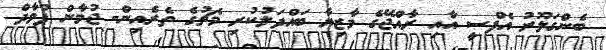
ބެންގަލޫރު އެފްސީ އާއި ރާއްޖޭގެ މާޒިޔާ ބައްދަލުކުރި މެޗުގެ ތެރެއިން- ޖުމާން ފުވާދް